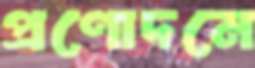
প্রণোদনে